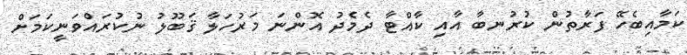
ކަމާއިބެހޭ ފަރާތުން ކުރުނބާ އާއި ކާއްޓާ ދެމެދު އޮންނަ މަރުހަލާ ޤަބޫލު ނުކުރައްވަނީކަމަށް